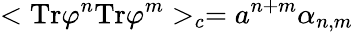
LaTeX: <\mathrm{Tr}\varphi^{n}\mathrm{Tr}\varphi^{m}>_{c}={a}^{n+m}\alpha_{n,m}